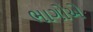
ભાગોએ